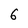
Character: 6